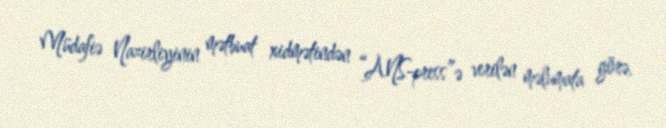
Müdafiə Nazirliyinin mətbuat xidmətindən “ANS-press”ə verilən məlumata görə,